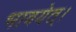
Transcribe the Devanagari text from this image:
भावयेत्‌।